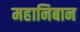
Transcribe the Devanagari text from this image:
महानिबान